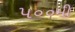
૫૦૦મી